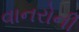
વાનરોની